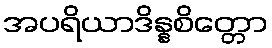
အပရိယာဒိန္နစိတ္တော